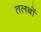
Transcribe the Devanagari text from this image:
तलबों